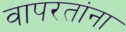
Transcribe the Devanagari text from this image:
वापरतांना